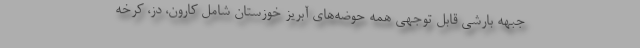
جبهه بارشی قابل توجهی همه حوضه‌های آبریز خوزستان شامل کارون، دز، کرخه